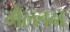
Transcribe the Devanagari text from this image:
गेल्लन